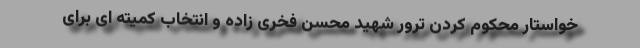
خواستار محکوم کردن ترور شهید محسن فخری زاده و انتخاب کمیته ای برای